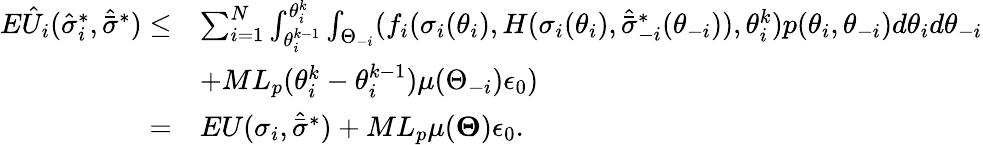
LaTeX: \begin{array}{rl}{E\hat{U}_{i}(\hat{\sigma}_{i}^{*},\hat{\bar{\sigma}}^{*})\leq}&{\sum_{i=1}^{N}\int_{\theta_{i}^{k-1}}^{\theta_{i}^{k}}\int_{\Theta_{-i}}(f_{i}(\sigma_{i}(\theta_{i}),H(\sigma_{i}(\theta_{i}),\hat{\bar{\sigma}}_{-i}^{*}(\theta_{-i})),\theta_{i}^{k})p(\theta_{i},\theta_{-i})d\theta_{i}d\theta_{-i}}\\ &{+ML_{p}(\theta_{i}^{k}-\theta_{i}^{k-1})\mu(\Theta_{-i})\epsilon_{0})}\\ {=}&{EU(\sigma_{i},\hat{\bar{\sigma}}^{*})+ML_{p}\mu(\boldsymbol{\Theta})\epsilon_{0}.}\end{array}